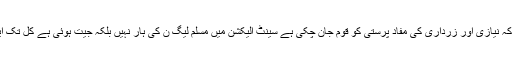
13 مارچ2018ء) وزیر پارلیمانی امور شیخ آفتاب احمد نے کہا ہے کہ نیازی اور زرداری کی مفاد پرستی کو قوم جان چکی ہے سینٹ الیکشن میں مسلم لیگ ن کی ہار نہیں بلکہ جیت ہوئی ہے کل تک ایک دوسرے کو چور ڈاکو کہنے والے قوم کے مخلص نہیں ہو سکتے۔